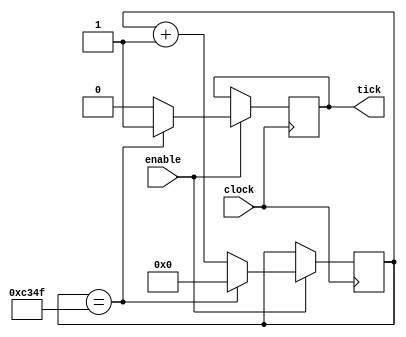
	

`timescale 1ns / 100ps

module clktick_16(
	clock, 
	enable,
	tick
); 
	input enable; 
	input clock;
	output tick; 
	reg tick;
	reg[15:0] count; 
 

	initial count = 0; 
	always @ (posedge clock)
	if(enable == 1'b1)
		if  (count ==16'b1100001101001111) begin
			tick <= 1'b1; 
			count <= 0;
			end 
		else begin 
			tick <= 0;
			count <= count + 1'b1; 
		
			end 
	

	
	
endmodule